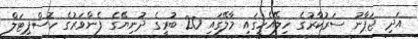
އަދި ޖަޕާނު ސަރުކާރުގެ ހިލޭއެހީގައި މާލޭގައި 20 ބުރީގެ ދުނިޔޭގެ ފެންވަރުގެ ހޮސްޕިޓަލް